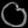
Digit: ၀